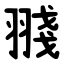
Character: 䎒